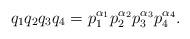
LaTeX: \begin{align*}q_1q_2q_3q_4 = p_1^{\alpha_1}p_2^{\alpha_2}p_3^{\alpha_3}p_4^{\alpha_4}.\end{align*}